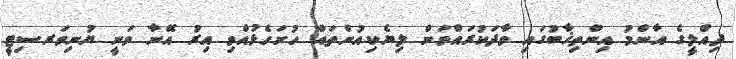
ދިއްލީގެ އާންމު އިންތިޚާބުގައި ވާދަކުރައްވަން ލިޔެކިއުންތައް ހުށަހެޅުއްވި އިރު އޭނާ ވަނީ ޔުނިވަރސިޓީ